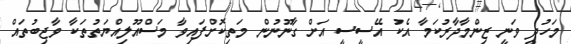
މަހުދީ ވަނީ ޒިންމާދާރުކަމާ އެކު އޭސީސީ އަށް ގާނޫނުން މަތިކޮށްފައިވާ މަސްއޫލިއްޔަތުތަކާ ވާޖިބުތައް